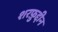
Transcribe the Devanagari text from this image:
शरफ़ुद्दीन